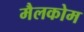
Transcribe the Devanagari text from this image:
मैलकोम